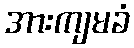
အားကျမခံ